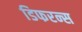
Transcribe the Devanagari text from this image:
डिफरन्स